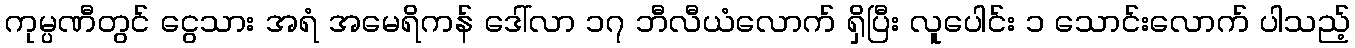
ကုမ္ပဏီတွင် ငွေသား အရံ အမေရိကန် ဒေါ်လာ ၁၇ ဘီလီယံလောက် ရှိပြီး လူပေါင်း ၁ သောင်းလောက် ပါသည့်